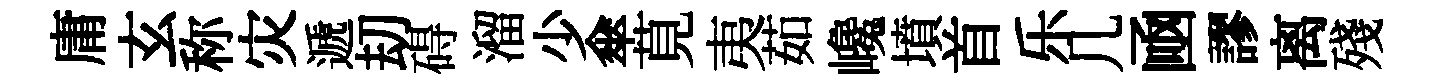
庸玄称灾遞刧碍溜少傘莧夷茹巉墳首乐几凾謬离殘